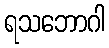
ရသဘောဂါ